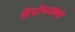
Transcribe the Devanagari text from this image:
विधीच्यावेळी